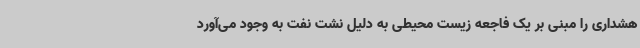
هشداری را مبنی بر یک فاجعه زیست محیطی به دلیل نشت نفت به وجود می‌آورد